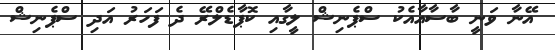
އޭނާ ވަނީ ބާސާއާއެކު ސްޕެނިޝް ލީގާއި ކޮޕާޑެލްރޭ ދެ ފަހަރު އަދި ސްޕެނިޝް